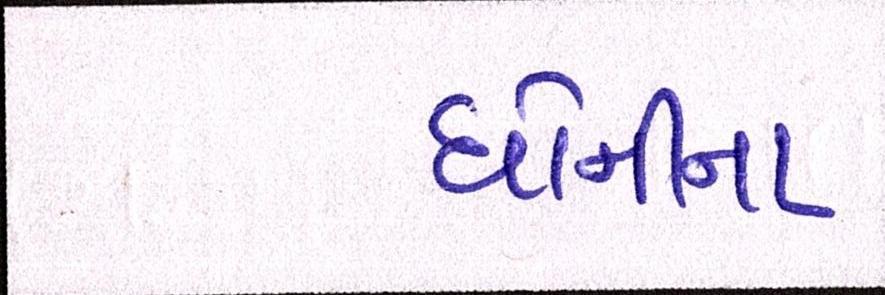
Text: ધોનીના